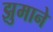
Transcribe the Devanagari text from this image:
झुमाने